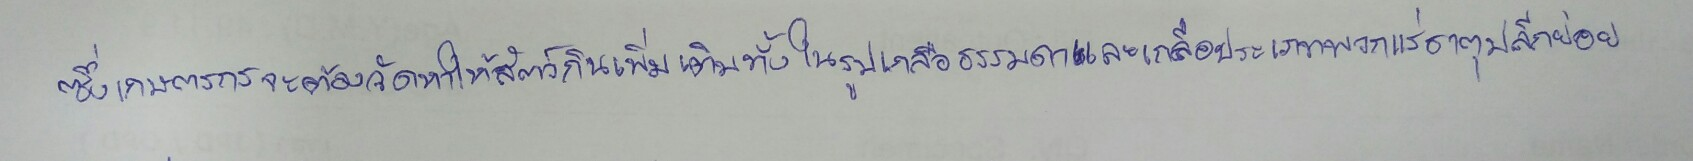
ซึ่งเกษตรกรจะต้องจัดหาให้สัตว์กินเพิ่มเติมทั้งในรูปเกลือธรรมดาและเกลือประเภทพวกแร่ธาตุปลีกย่อย